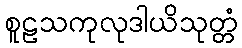
စူဠသကုလုဒါယိသုတ္တံ